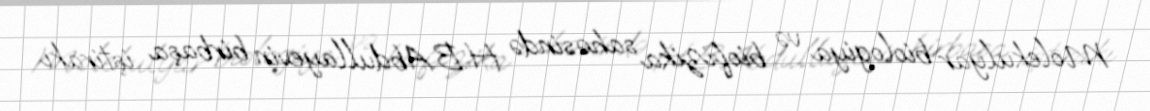
Molekulyar biologiya və biofizika sahəsində H.B.Abdullayevin birbaşa iştirakı